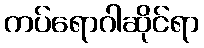
ကပ်ရောဂါဆိုင်ရာ